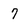
Character: 7